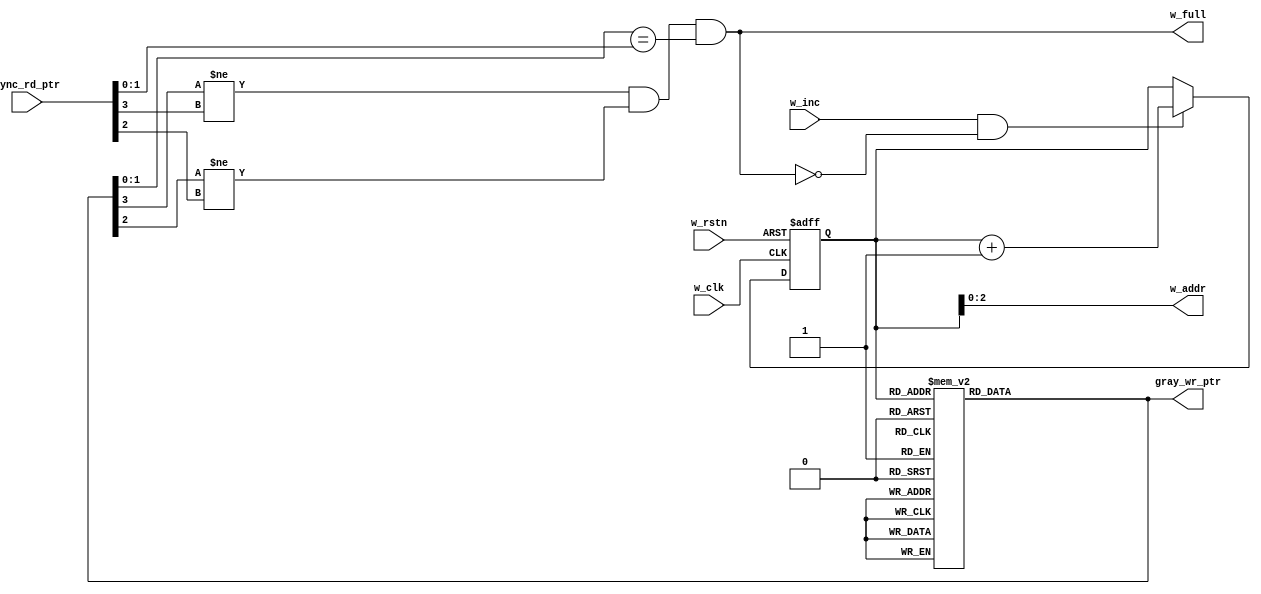

module fifo_wr #(
	parameter	DATA_WIDTH = 8,
	parameter   PTR_WIDTH = 4
	) (
	input	wire							w_clk,
	input	wire							w_rstn,
	input	wire							w_inc,
	input	wire		[PTR_WIDTH-1:0]		sync_rd_ptr,
	output	wire							w_full,
	output  wire		[PTR_WIDTH-2:0]     w_addr,
	output  reg			[PTR_WIDTH-1:0]     gray_wr_ptr
	);


// write pointer
reg			[PTR_WIDTH-1:0]     w_ptr;

//incrementing write pointer
always @(posedge w_clk or negedge w_rstn) begin
	if (!w_rstn) begin
		w_ptr 		<=		'b0;
	end
	else if (w_inc	&	!w_full) begin
		w_ptr 		<=	w_ptr 	+	'b1;
	end
end

// assigning write address
assign 	w_addr 	=	w_ptr[PTR_WIDTH-2:0] ;

//assigning full flag
assign w_full = (gray_wr_ptr[PTR_WIDTH-1] != sync_rd_ptr[PTR_WIDTH-1]) && (gray_wr_ptr[PTR_WIDTH-2] != sync_rd_ptr[PTR_WIDTH-2]) && (gray_wr_ptr[PTR_WIDTH-3:0] == sync_rd_ptr[PTR_WIDTH-3:0]);



//converting write pointer to Gray encoded 
always @(*) begin
	//if (!w_rstn) begin
	//	gray_wr_ptr		<=		'b0;
	//end
	//else begin
		case(w_ptr)
		'b0000	:	gray_wr_ptr		=	'b0000;
		'b0001	:	gray_wr_ptr		=	'b0001;
		'b0010	:	gray_wr_ptr		=	'b0011;
		'b0011	:	gray_wr_ptr		=	'b0010;
		'b0100	:	gray_wr_ptr		=	'b0110;
		'b0101	:	gray_wr_ptr		=	'b0111;
		'b0110	:	gray_wr_ptr		=	'b0101;
		'b0111	:	gray_wr_ptr		=	'b0100;
		'b1000	:	gray_wr_ptr		=	'b1100;
		'b1001	:	gray_wr_ptr		=	'b1101;
		'b1010	:	gray_wr_ptr		=	'b1111;
		'b1011	:	gray_wr_ptr		=	'b1110;
		'b1100	:	gray_wr_ptr		=	'b1010;
		'b1101	:	gray_wr_ptr		=	'b1011;
		'b1110	:	gray_wr_ptr		=	'b1001;
		'b1111	:	gray_wr_ptr		=	'b1000;
		endcase


	//end
end




endmodule